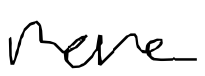
Text: more
Cross-out: clean
Writing tool: digital_black